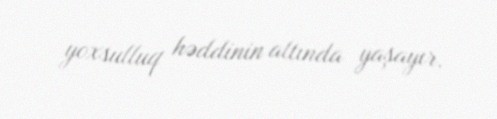
yoxsulluq həddinin altında yaşayır.